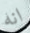
انه